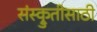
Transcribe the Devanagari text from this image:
संस्क्रुतीसाठी